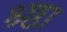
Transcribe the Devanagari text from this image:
श्र्ष्ठा